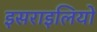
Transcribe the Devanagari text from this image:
इसराइलियों